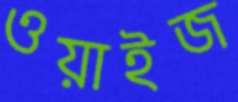
ওয়াইজ